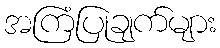
အကြံပြုချက်များ